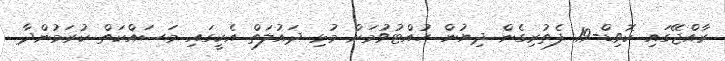
ރާއްޖޭގައި ކޮވިޑް-19 ފެތުރިގެން ދިޔުން ހުއްޓުވުމަށް މުޅި ދައުލަތް އެކީގައި މަސައްކަތް ކުރަމުންދާ